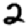
Digit: 2